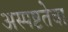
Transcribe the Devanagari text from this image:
अस्पष्टतेचा